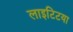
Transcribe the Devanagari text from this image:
लाइटिटया